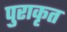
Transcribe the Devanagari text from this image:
पुराकृत